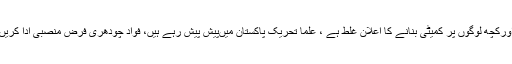
فواد چودھری کا علماءاورکچھ لوگوں پر کمیٹی بنانے کا اعلان غلط ہے ، علما تحریک پاکستان میںپیش پیش رہے ہیں، فواد چودھری فرض منصبی ادا کریں ، تاریخ مسخ نہ کریں۔